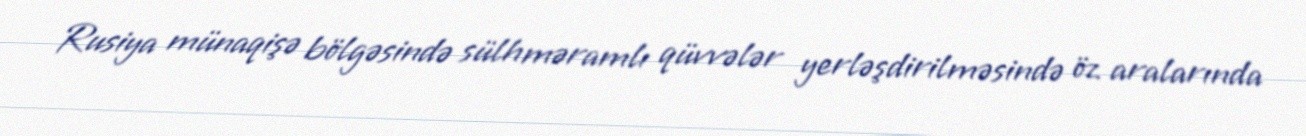
Rusiya münaqişə bölgəsində sülhməramlı qüvvələr yerləşdirilməsində öz aralarında